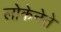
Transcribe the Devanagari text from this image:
लोकेनेते